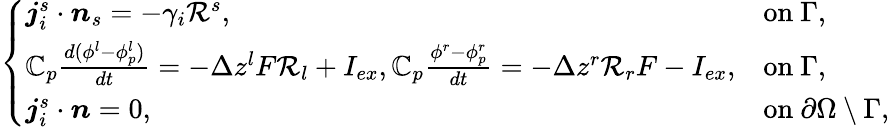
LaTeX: \left\{ \begin{array}{ll}{\boldsymbol{j}_{i}^{s}\cdot\boldsymbol{n}_{s}=-\gamma_{i}\mathcal{R}^{s},}&{\mathrm{on~}\Gamma,}\\ {\mathbb{C}_{p}\frac{d(\phi^{l}-\phi_{p}^{l})}{dt}=-\Delta z^{l}F\mathcal{R}_{l}+I_{ex},\mathbb{C}_{p}\frac{\phi^{r}-\phi_{p}^{r}}{dt}=-\Delta z^{r}\mathcal{R}_{r}F-I_{ex},}&{\mathrm{on~}\Gamma,}\\ {\boldsymbol{j}_{i}^{s}\cdot\boldsymbol{n}=0,~}&{\mathrm{on~}\partial\Omega\setminus\Gamma,}\end{array}\right.